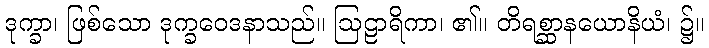
ဒုက္ခာ၊ ဖြစ်သော ဒုက္ခဝေဒနာသည်။ ဩဠာရိကာ၊ ၏။ တိရစ္ဆာနယောနိယံ၊ ၌။